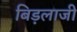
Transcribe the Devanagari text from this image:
बिड़लाजी